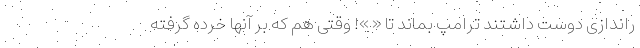
راندازی دوست داشتند ترامپ بماند تا « »! وقتی هم که بر آنها خرده گرفته